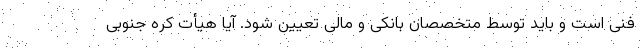
فنی است و باید توسط متخصصان بانکی و مالی تعیین شود. آیا هیأت کره جنوبی